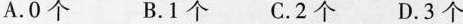
A.0个 B.1个 C.2个 D.3个